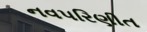
નવપરિણીત